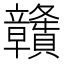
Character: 𥫔